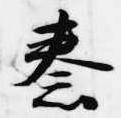
秦